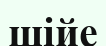
шійе